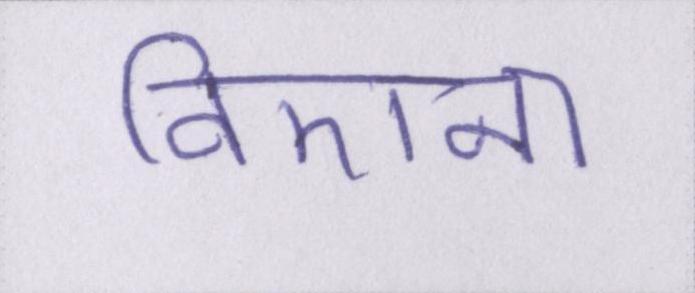
विएना